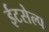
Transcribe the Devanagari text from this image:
ईटसेल्फ